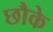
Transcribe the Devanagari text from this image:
छौके